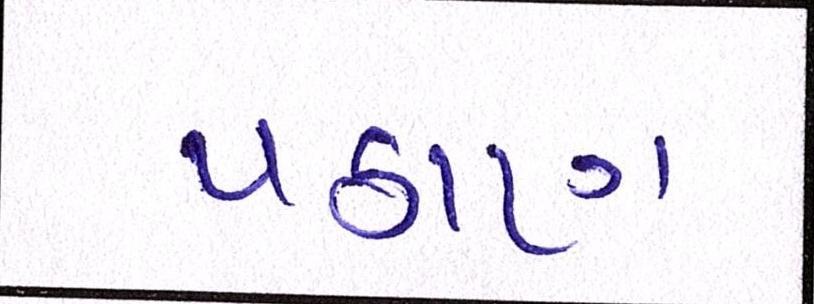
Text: પઠાણ